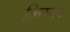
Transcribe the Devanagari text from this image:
क्रिस्पर